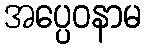
အပ္ပေဝနာမ